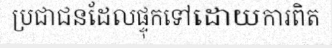
ប្រជាជនដែលផ្ទុកទៅដោយការពិត